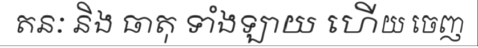
តនៈ និង ធាតុ ទាំងឡាយ ហើយ ចេញ